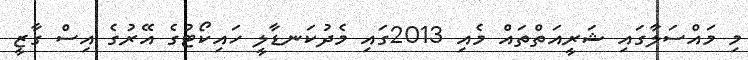
މި މައްސަލާގައި ޝަރީއަތްތައް މެއި 2013ގައި މެދުކަނޑާލީ ހައިކޯޓުގެ އޭރުގެ އިސް ގާޒީ